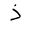
Letter: _thal